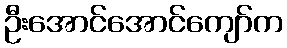
ဦးအောင်အောင်ကျော်က